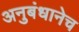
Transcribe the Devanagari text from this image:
अनुबंधानेच